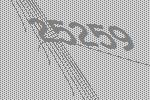
25259